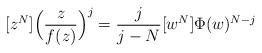
LaTeX: \begin{align*} [z^N]\Big(\frac{z}{f(z)}\Big)^j= \frac{j}{j-N}[w^N]\Phi(w)^{N-j} \end{align*}